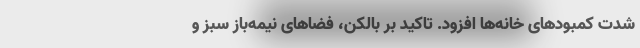
شدت کمبودهای خانه‌ها افزود. تاکید بر بالکن، فضاهای نیمه‌باز سبز و